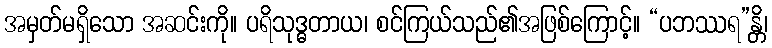
အမှတ်မရှိသော အဆင်းကို။ ပရိသုဒ္ဓတာယ၊ စင်ကြယ်သည်၏အဖြစ်ကြောင့်။ “ပဘဿရ”န္တိ၊